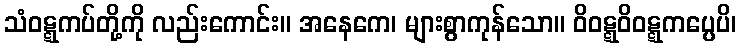
သံဝဋ္ဋကပ်တို့ကို လည်းကောင်း။ အနေကေ၊ များစွာကုန်သော။ ဝိဝဋ္ဋဝိဝဋ္ဋကပ္ပေပိ၊